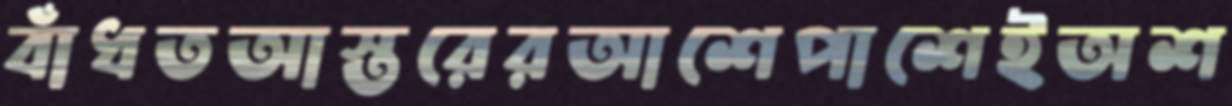
বাঁধতআস্তরেরআশেপাশেইঅশ